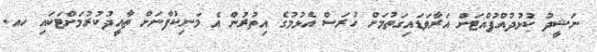
ނަޝީދު ކުޅުދުއްފުއްޓަށް އަރާވަޑައިގަތުމަށް ހުރަސް އެޅުމުގެ އިތުރުން އެ މަނިކުފާނަށް ތާއީދުކުރުމަށްޓަކައި ހއ.